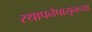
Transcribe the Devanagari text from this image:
स्थापनेपासूनच्या